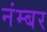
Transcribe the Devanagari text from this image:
नंम्बर